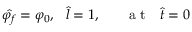
\hat { \varphi _ { f } } = \varphi _ { 0 } , ~ ~ \hat { l } = 1 , ~ ~ ~ ~ ~ \mathrm { ~ a ~ t ~ } ~ ~ \hat { t } = 0